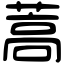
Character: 蒿